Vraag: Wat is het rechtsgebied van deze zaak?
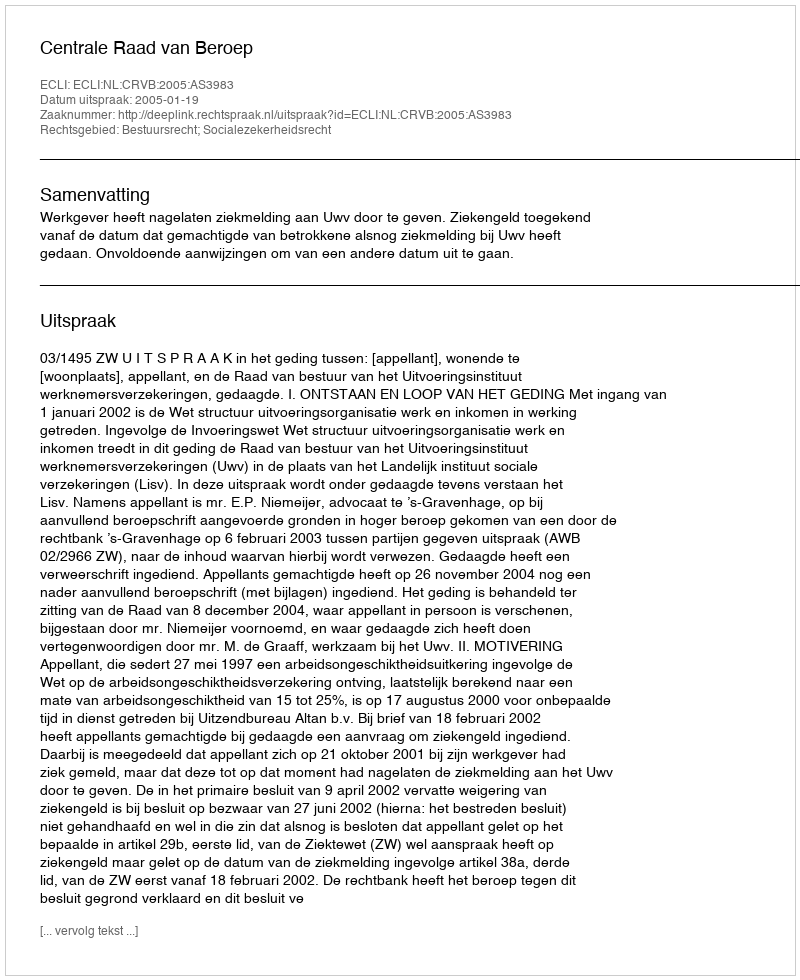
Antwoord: Bestuursrecht; Socialezekerheidsrecht